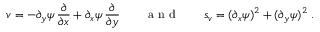
v = - \partial _ { y } \psi \, \frac \partial { \partial x } + \partial _ { x } \psi \, \frac \partial { \partial y } \qquad \mathrm { ~ a ~ n ~ d ~ } \qquad s _ { v } = ( \partial _ { x } \psi ) ^ { 2 } + ( \partial _ { y } \psi ) ^ { 2 } \ .